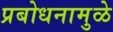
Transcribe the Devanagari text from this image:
प्रबोधनामुळे